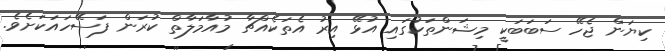
ކިޔަން ޖެހޭ ސަބަބަކީ މިޝަންތަކުގައި އުޅޭ އިރު އެތަކެއްޗާ މުއާމަލާތް ކުރަން ފަސޭހައަކަށެވެ.